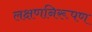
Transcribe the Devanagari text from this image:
लक्षणनिरूपण